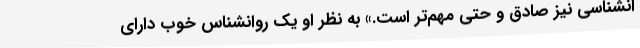
انشناسی نیز صادق و حتی مهم‌تر است.» به نظر او یک روانشناس خوب دارای